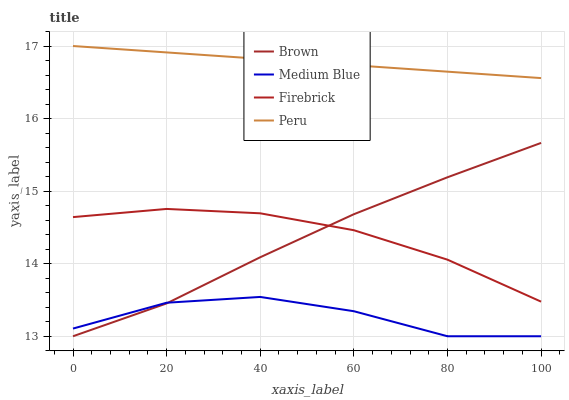
| xaxis_label | Brown | Medium Blue | Firebrick | Peru |
 | --- | --- | --- | --- | --- |
 | 0 | 13 | 13.1 | 14.6 | 17 |
 | 20 | 13.5 | 13.5 | 14.8 | 16.9 |
 | 40 | 14.1 | 13.5 | 14.7 | 16.8 |
 | 60 | 14.7 | 13.3 | 14.5 | 16.7 |
 | 80 | 15.2 | 13 | 14.1 | 16.6 |
 | 100 | 15.7 | 13 | 13.5 | 16.6 |